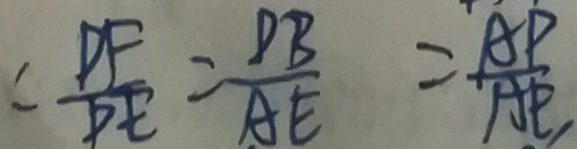
= \frac { D F } { D E } = \frac { D B } { A E } = \frac { A D } { A E } ,